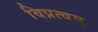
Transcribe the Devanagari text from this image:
विप्रत्वम्